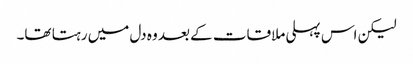
لیکن اس پہلی ملاقات کے بعد وہ دل میں رہتا تھا۔